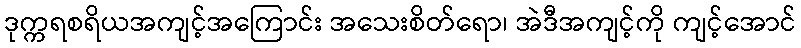
ဒုက္ကရစရိယအကျင့်အကြောင်း အသေးစိတ်ရော၊ အဲဒီအကျင့်ကို ကျင့်အောင်